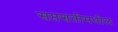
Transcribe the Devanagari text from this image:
सप्तशतीमधील